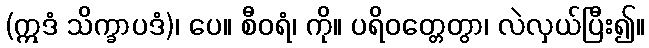
(ဣဒံ သိက္ခာပဒံ)၊ ပေ။ စီဝရံ၊ ကို။ ပရိဝတ္တေတွာ၊ လဲလှယ်ပြီး၍။